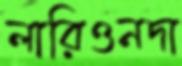
লারিওনদা